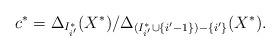
LaTeX: \begin{align*}c^* = \Delta_{I^*_{i'}}(X^*)/\Delta_{(I^*_{i'} \cup \{i'-1\})- \{i'\}}(X^*).\end{align*}